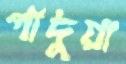
পাদুয়া